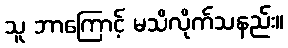
သူ ဘာကြောင့် မသိလိုက်သနည်း။